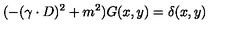
( - ( \gamma \cdot D ) ^ { 2 } + m ^ { 2 } ) G ( x , y ) = \delta ( x , y )